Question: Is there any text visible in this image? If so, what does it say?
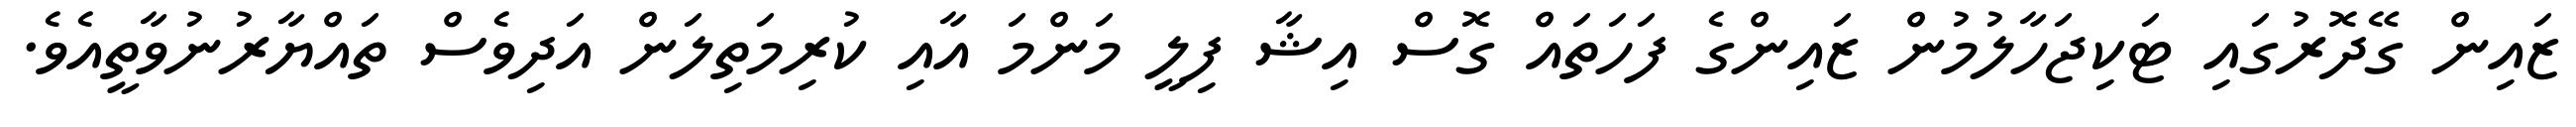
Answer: ޒައިން ގޭދޮރުގައި ޓަކިޖަހާލުމުން ޒައިންގެ ފަހަތައް ގޮސް އިޝާ ފިލީ މަންމަ އާއި ކުރިމަތިލަން އަދިވެސް ތައްޔާރުނުވާތީއެވެ.